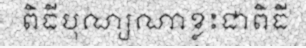
ពិធីបុណ្យណាខ្លះជាពិធី